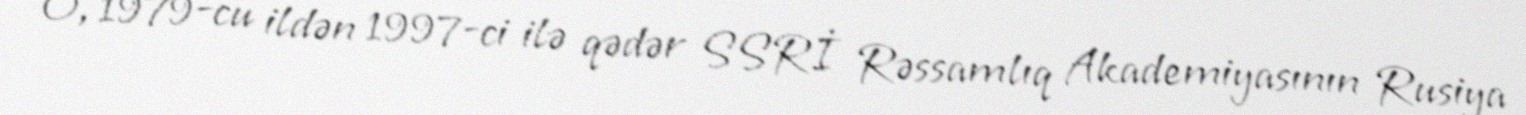
O, 1979-cu ildən 1997-ci ilə qədər SSRİ Rəssamlıq Akademiyasının Rusiya